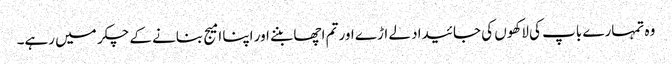
وہ تمہارے باپ کی لاکھوں کی جائیداد لے اڑے اور تم اچھا بننے اور اپنا امیج بنانے کے چکر میں رہے۔